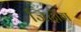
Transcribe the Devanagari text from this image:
जिदौंग